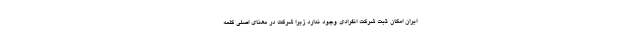
ایران امکان ثبت شرکت انفرادی وجود ندارد زیرا شرکت در معنای اصلی کلمه